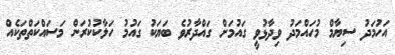
އަހުމަދު ސިޔާމް މުހައްމަދު ވިދާޅުވީ ގައުމަށް ގައްދާރުވެ ބަޔަކު ގައުމު ހަލާކުކުރަން މަސައްކަތްތަކެއް